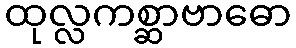
ထုလ္လကစ္ဆာဗာဓော